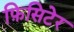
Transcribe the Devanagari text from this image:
फ़िसिटेर